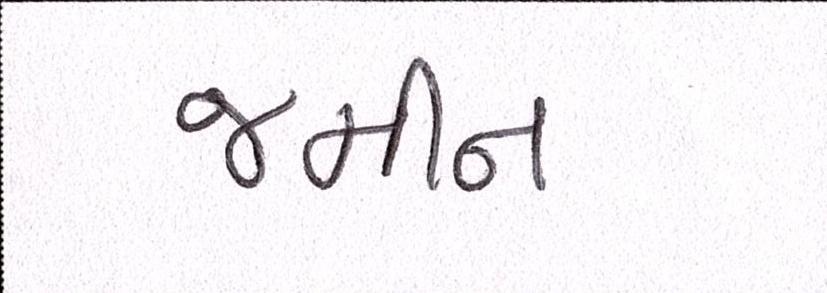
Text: જમીન